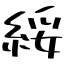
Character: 綏